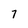
Character: 7